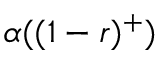
\alpha ( ( 1 - r ) ^ { + } )